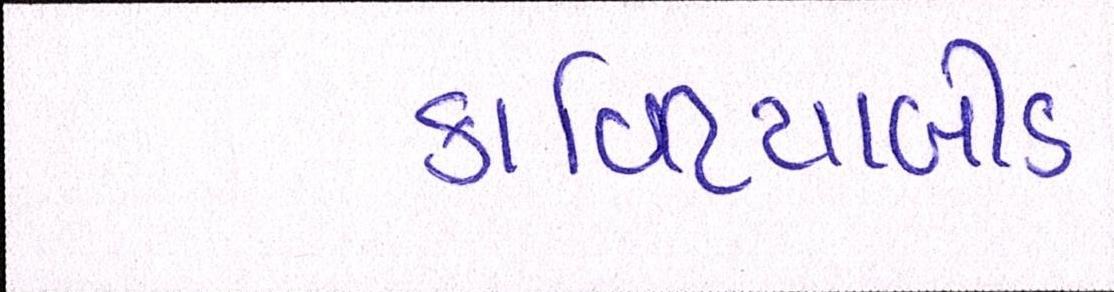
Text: કાળિયાબીડ